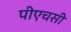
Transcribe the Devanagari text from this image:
पीएचसी